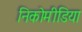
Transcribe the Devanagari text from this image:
निकोमीडिया